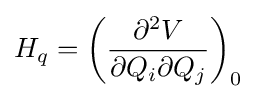
H_{q}={\biggl (}{\partial ^{2}V \over \partial Q_{i}\partial Q_{j}}{\biggr )}_{0}